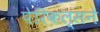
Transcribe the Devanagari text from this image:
पेरिकल्सने